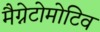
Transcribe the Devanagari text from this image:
मैग्नेटोमोटिव